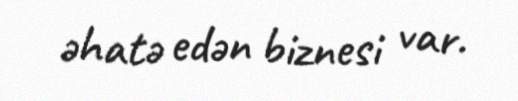
əhatə edən biznesi var.